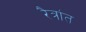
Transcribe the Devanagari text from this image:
रैत्रांत